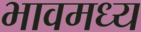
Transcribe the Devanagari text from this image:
भावमध्य